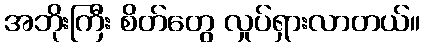
အဘိုးကြီး စိတ်တွေ လှုပ်ရှားလာတယ်။